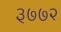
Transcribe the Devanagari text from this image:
३७७२